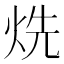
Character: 烍